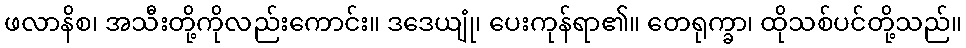
ဖလာနိစ၊ အသီးတို့ကိုလည်းကောင်း။ ဒဒေယျုံ၊ ပေးကုန်ရာ၏။ တေရုက္ခာ၊ ထိုသစ်ပင်တို့သည်။